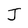
Character: J